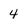
Character: 4